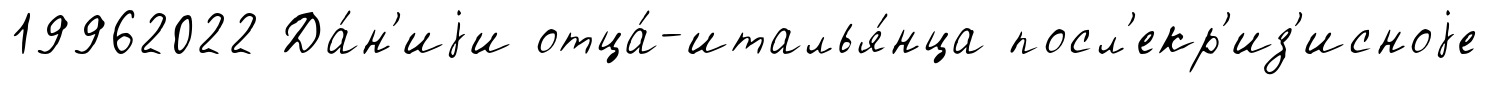
19962022 Да́н'иjи отца́-италья́нца посл'екр'из'исноjе